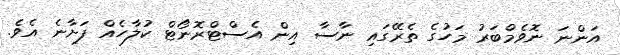
އަންނަ ނޮވެމްބަރު މަހުގެ ތެރޭގައި ނާސާ އިން އެސްޓްރޮނޯޓް ކުލާހެއް ފަށާނެ އެވެ.